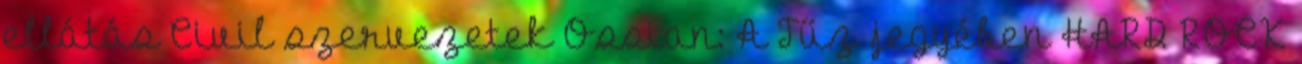
ellátás Civil szervezetek Ossian: A Tűz jegyében HARD ROCK